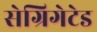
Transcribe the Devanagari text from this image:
सेग्रिगेटेड